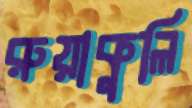
রুয়াকুলি